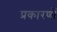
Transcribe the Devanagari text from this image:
प्रकारणों